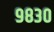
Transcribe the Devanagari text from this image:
९८३०